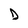
Character: D